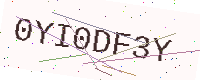
Text: 0YI0DF3Y